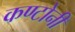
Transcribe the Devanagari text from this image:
कण्टोनी